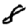
Digit: 8